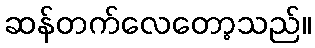
ဆန်တက်လေတော့သည်။